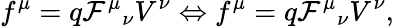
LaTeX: f^{\mu}=q\mathcal{F}^{\mu}{}_{\nu}V^{\nu}\Leftrightarrow f^{\mu}=q\mathcal{F}^{\mu}{}_{\nu}V^{\nu},